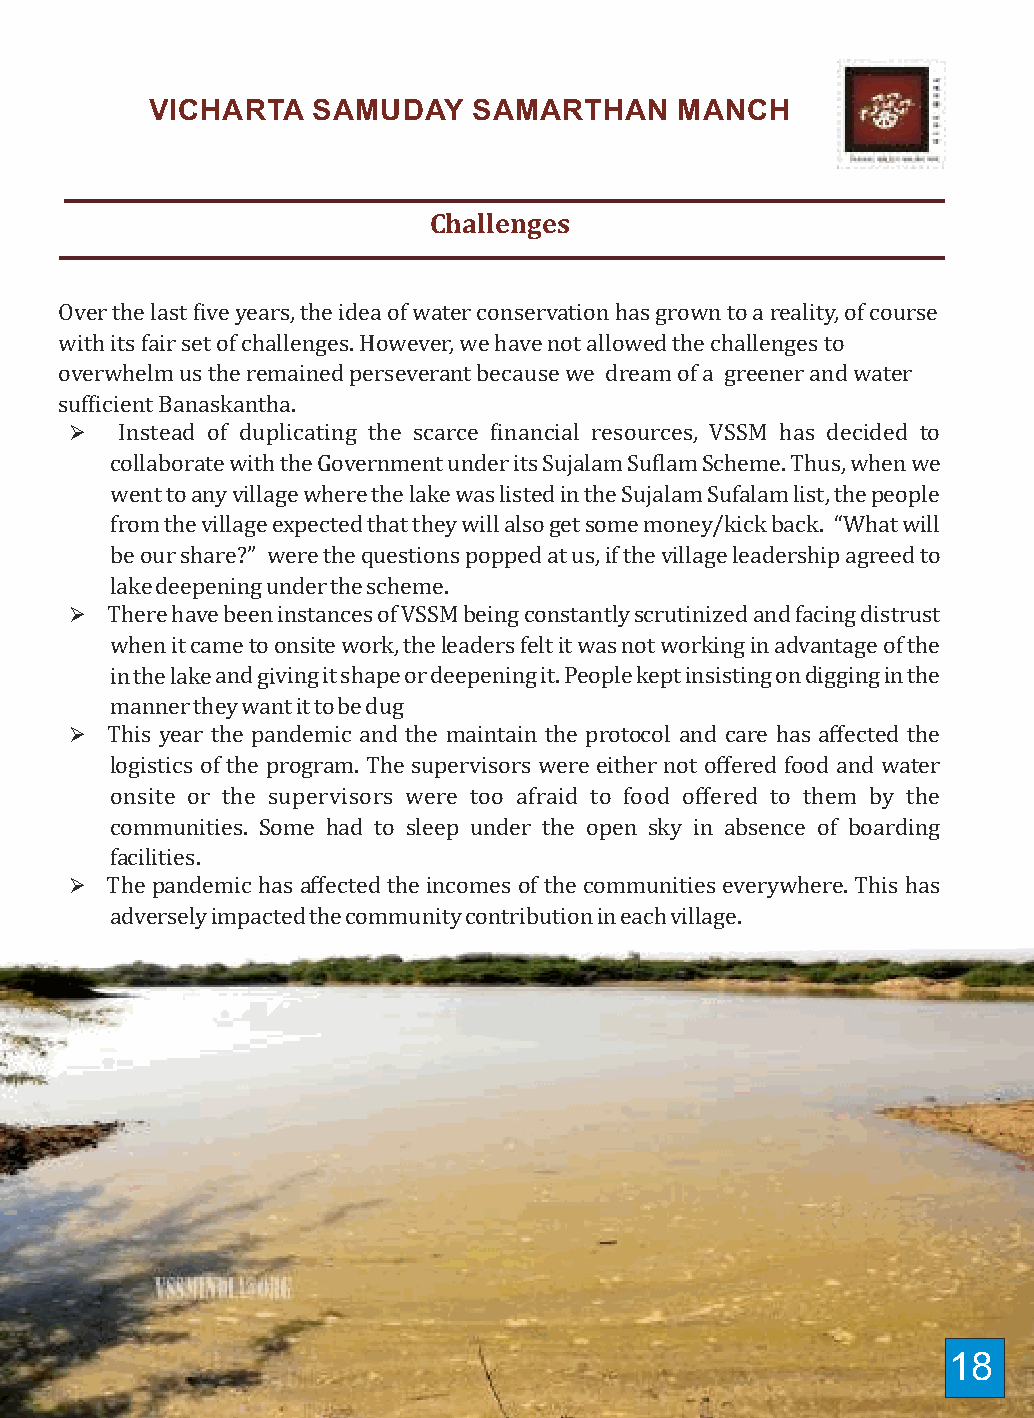
Participatory Water Management VICHARTA SAMUDAY SAMARTHAN MANCH
 Challenges
 Under the eficient guidance of VSSM’s friend-philosopher and guide, Shri Rashminbhai
 Sanghvi, we embarked upon the journey of Participatory Water Management. The initiative Over the last ive years, the idea of water conservation has grown to a reality, of course
 aims to increase water suficiency by desilting and deepening the village lakes in with its fair set of challenges. However, we have not allowed the challenges to
 Banaskantha, one of the most water starved district of Gujarat. Once the lakes are able to overwhelm us the remained perseverant because we dream of a greener and water
 capture and hold more rainwater, the ground water tables will improve over time. The suficient Banaskantha.
 efforts are weaved in a way that would enable us voice the concerns of nomadic, de-notiied Ø Instead of duplicating the scarce inancial resources, VSSM has decided to
 and other marginalised communities living in the villages, initiate a dialogue with the collaborate with the Government under its Sujalam Sulam Scheme. Thus, when we
 village leadership on the challenges these communities faced and to increase their went to any village where the lake was listed in the Sujalam Sufalam list, the people
 inclusiveness in the region. from the village expected that they will also get some money/kick back. “What will
 be our share?” were the questions popped at us, if the village leadership agreed to
 lake deepening under the scheme.
 The Approach Ø There have been instances of VSSM being constantly scrutinized and facing distrust
 when it came to onsite work, the leaders felt it was not working in advantage of the
 in the lake and giving it shape or deepening it. People kept insisting on digging in the
 VSSM begins with initiating a dialogue about water with the community leaders and village
 manner they want it to be dug
 elders. It talks about the status of water in their region, the need to collectively work Ø This year the pandemic and the maintain the protocol and care has affected the
 towards addressing the issue of water in their respective villages, how VSSM and local logistics of the program. The supervisors were either not offered food and water
 communities can collectively work together to recharge the groundwater tables. During onsite or the supervisors were too afraid to food offered to them by the
 these interactions, VSSM also talks about the state of the marginalised people of their communities. Some had to sleep under the open sky in absence of boarding
 villages. facilities.
 Ø The pandemic has affected the incomes of the communities everywhere. This has
 adversely impacted the community contribution in each village.
 17                                                             18